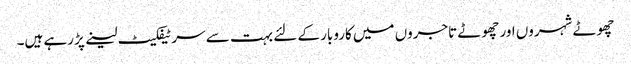
چھوٹے شہروں اور چھوٹے تاجروں میں کاروبار کے لئے بہت سے سرٹیفکیٹ لینے پڑرہے ہیں۔